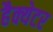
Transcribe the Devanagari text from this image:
हैक्येटर